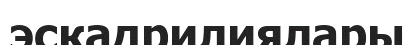
эскадрилиялары